Document type: Oath
Year: 1447
Scribe: Pere Figuerola
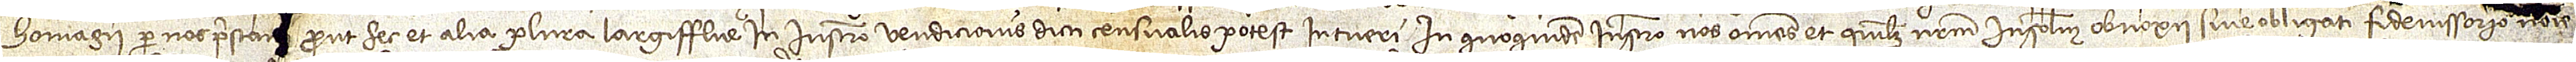
homagii per nos presta[ti], prout hec et alia plura largifflue in instrumento vendicionis dicti censualis potest intueri. In quoquidem instrumento nos omnes et quilibet nostrum insolidum sive obligati fideiussorio nomine